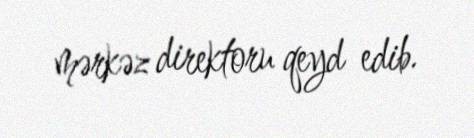
mərkəz direktoru qeyd edib.